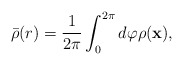
\begin{align*}\bar {\rho}(r) = \frac{1}{2 \pi}\int_{0}^{2 \pi}d \varphi \rho (\bf x) ,\end{align*}